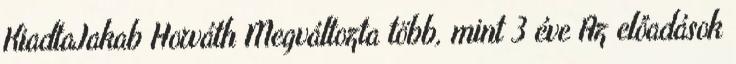
KiadtaJakab Horváth Megváltozta több, mint 3 éve Az előadások